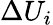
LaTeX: \Delta{{U}_{i}}